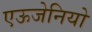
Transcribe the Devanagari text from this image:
एऊजेनियो